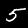
Label: 5